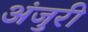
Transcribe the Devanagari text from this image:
अंजुरी